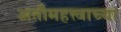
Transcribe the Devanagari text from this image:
अतीमहत्त्वाच्या